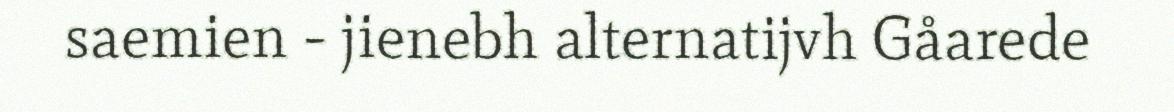
saemien - jienebh alternatijvh Gåarede